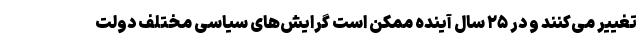
تغییر می‌کنند و در ۲۵ سال آینده ممکن است گرایش‌های سیاسی مختلف دولت